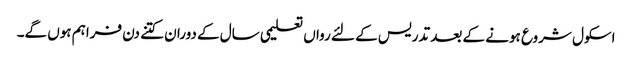
اسکول شروع ہونے کے بعد تدریس کے لئے رواں تعلیمی سال کے دوران کتنے دن فراہم ہوں گے۔